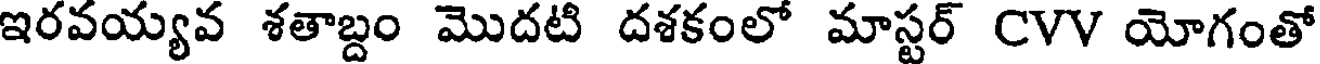
ఇరవయ్యవ శతాబ్దం మొదటి దశకంలో మాస్టర్ CVV యోగంతో